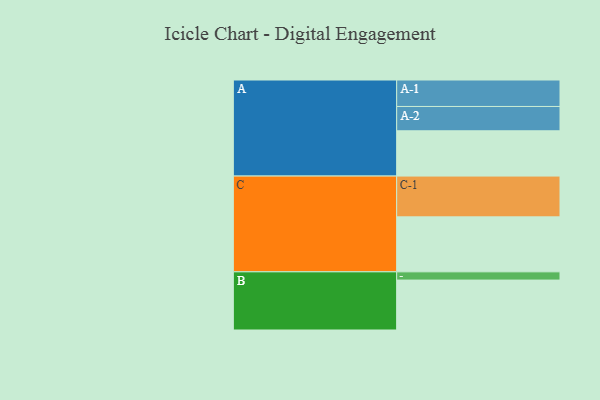
{"axis": {"x": "Segment", "y": "Value"}, "legend": ["", "A", "B", "C"], "data": [{"x": "A", "y": 313, "type": ""}, {"x": "B", "y": 345, "type": ""}, {"x": "C", "y": 380, "type": ""}, {"x": "A-1", "y": 183, "type": "A"}, {"x": "A-2", "y": 168, "type": "A"}, {"x": "B-1", "y": 57, "type": "B"}, {"x": "C-1", "y": 282, "type": "C"}]}